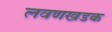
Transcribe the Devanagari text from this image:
लवणखडक